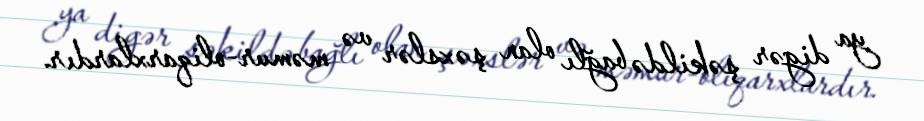
ya digər şəkildə bağlı olan şəxslər və məmur-oliqarxlardır.